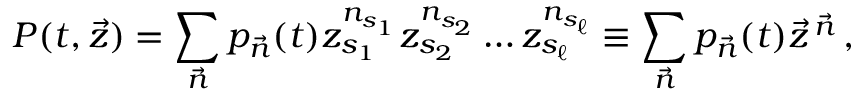
P ( t , \vec { z } ) = \sum _ { \vec { n } } p _ { \vec { n } } ( t ) z _ { s _ { 1 } } ^ { n _ { s _ { 1 } } } z _ { s _ { 2 } } ^ { n _ { s _ { 2 } } } \ldots z _ { s _ { \ell } } ^ { n _ { s _ { \ell } } } \equiv \sum _ { \vec { n } } p _ { \vec { n } } ( t ) \vec { z } ^ { \, \vec { n } } \, ,